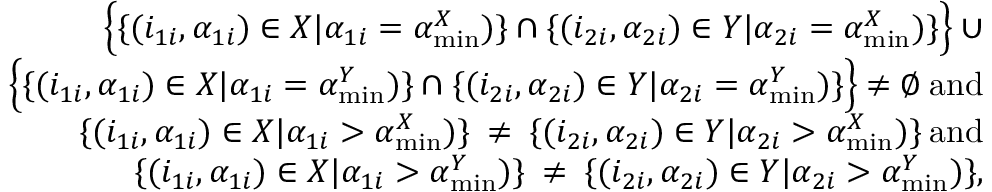
\begin{array} { r } { \Bigl \{ \{ ( i _ { 1 i } , \alpha _ { 1 i } ) \in X | \alpha _ { 1 i } = \alpha _ { \operatorname* { m i n } } ^ { X } ) \} \cap \{ ( i _ { 2 i } , \alpha _ { 2 i } ) \in Y | \alpha _ { 2 i } = \alpha _ { \operatorname* { m i n } } ^ { X } ) \} \Bigl \} \: \cup } \\ { \Bigl \{ \{ ( i _ { 1 i } , \alpha _ { 1 i } ) \in X | \alpha _ { 1 i } = \alpha _ { \operatorname* { m i n } } ^ { Y } ) \} \cap \{ ( i _ { 2 i } , \alpha _ { 2 i } ) \in Y | \alpha _ { 2 i } = \alpha _ { \operatorname* { m i n } } ^ { Y } ) \} \Bigl \} \: \neq \emptyset \: \mathrm { a n d } } \\ { \{ ( i _ { 1 i } , \alpha _ { 1 i } ) \in X | \alpha _ { 1 i } > \alpha _ { \operatorname* { m i n } } ^ { X } ) \} \: \neq \: \{ ( i _ { 2 i } , \alpha _ { 2 i } ) \in Y | \alpha _ { 2 i } > \alpha _ { \operatorname* { m i n } } ^ { X } ) \} \: \mathrm { a n d } } \\ { \{ ( i _ { 1 i } , \alpha _ { 1 i } ) \in X | \alpha _ { 1 i } > \alpha _ { \operatorname* { m i n } } ^ { Y } ) \} \: \neq \: \{ ( i _ { 2 i } , \alpha _ { 2 i } ) \in Y | \alpha _ { 2 i } > \alpha _ { \operatorname* { m i n } } ^ { Y } ) \} , } \end{array}